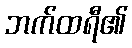
ဘက်ထရီ၏